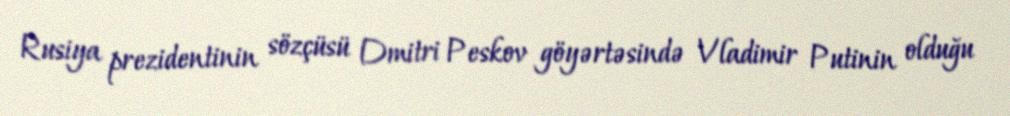
Rusiya prezidentinin sözçüsü Dmitri Peskov göyərtəsində Vladimir Putinin olduğu